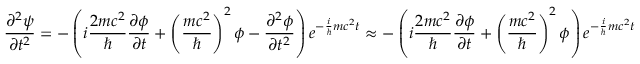
{ \frac { \partial ^ { 2 } \psi } { \partial t ^ { 2 } } } = - \left( i { \frac { 2 m c ^ { 2 } } { \hbar } } { \frac { \partial \phi } { \partial t } } + \left( { \frac { m c ^ { 2 } } { \hbar } } \right) ^ { 2 } \phi - { \frac { \partial ^ { 2 } \phi } { \partial t ^ { 2 } } } \right) e ^ { - { \frac { i } { \hbar } } m c ^ { 2 } t } \approx - \left( i { \frac { 2 m c ^ { 2 } } { \hbar } } { \frac { \partial \phi } { \partial t } } + \left( { \frac { m c ^ { 2 } } { \hbar } } \right) ^ { 2 } \phi \right) e ^ { - { \frac { i } { \hbar } } m c ^ { 2 } t }